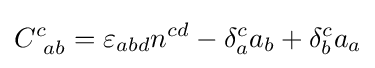
C_{\ ab}^{c}=\varepsilon _{abd}n^{cd}-\delta _{a}^{c}a_{b}+\delta _{b}^{c}a_{a}